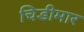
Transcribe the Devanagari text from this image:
चिडीमार